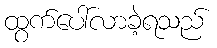
ထွက်ပေါ်လာခဲ့ရသည်